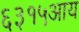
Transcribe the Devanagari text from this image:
६३१५आय